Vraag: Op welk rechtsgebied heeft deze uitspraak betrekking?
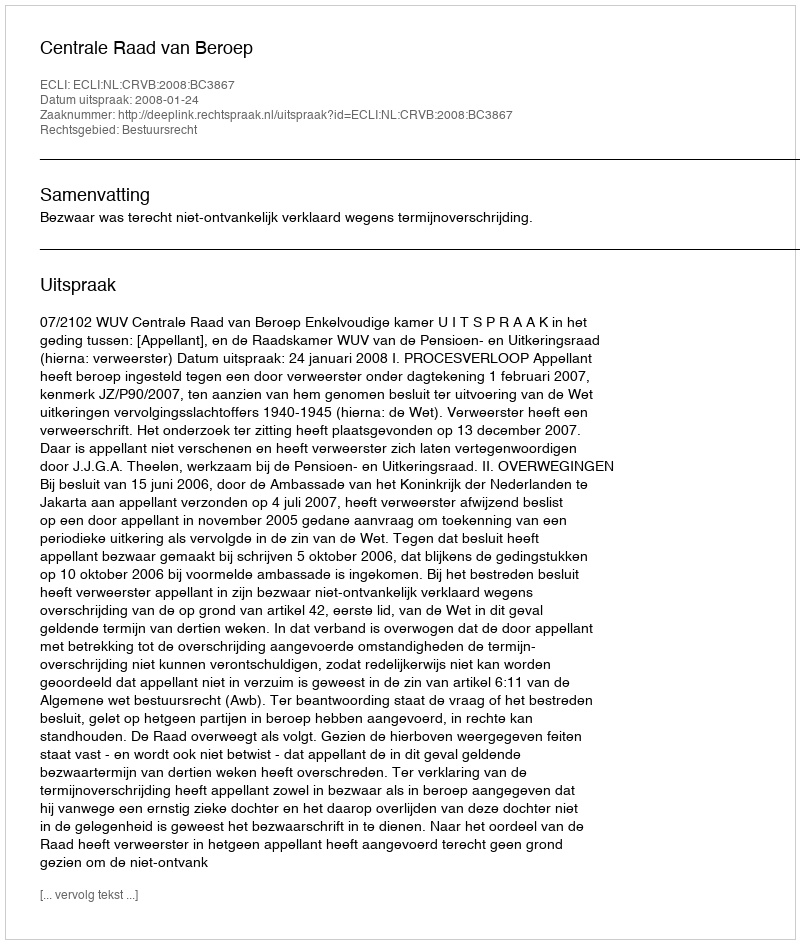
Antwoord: Bestuursrecht